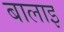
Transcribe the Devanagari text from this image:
बालाइ